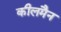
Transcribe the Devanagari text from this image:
कीलमैन